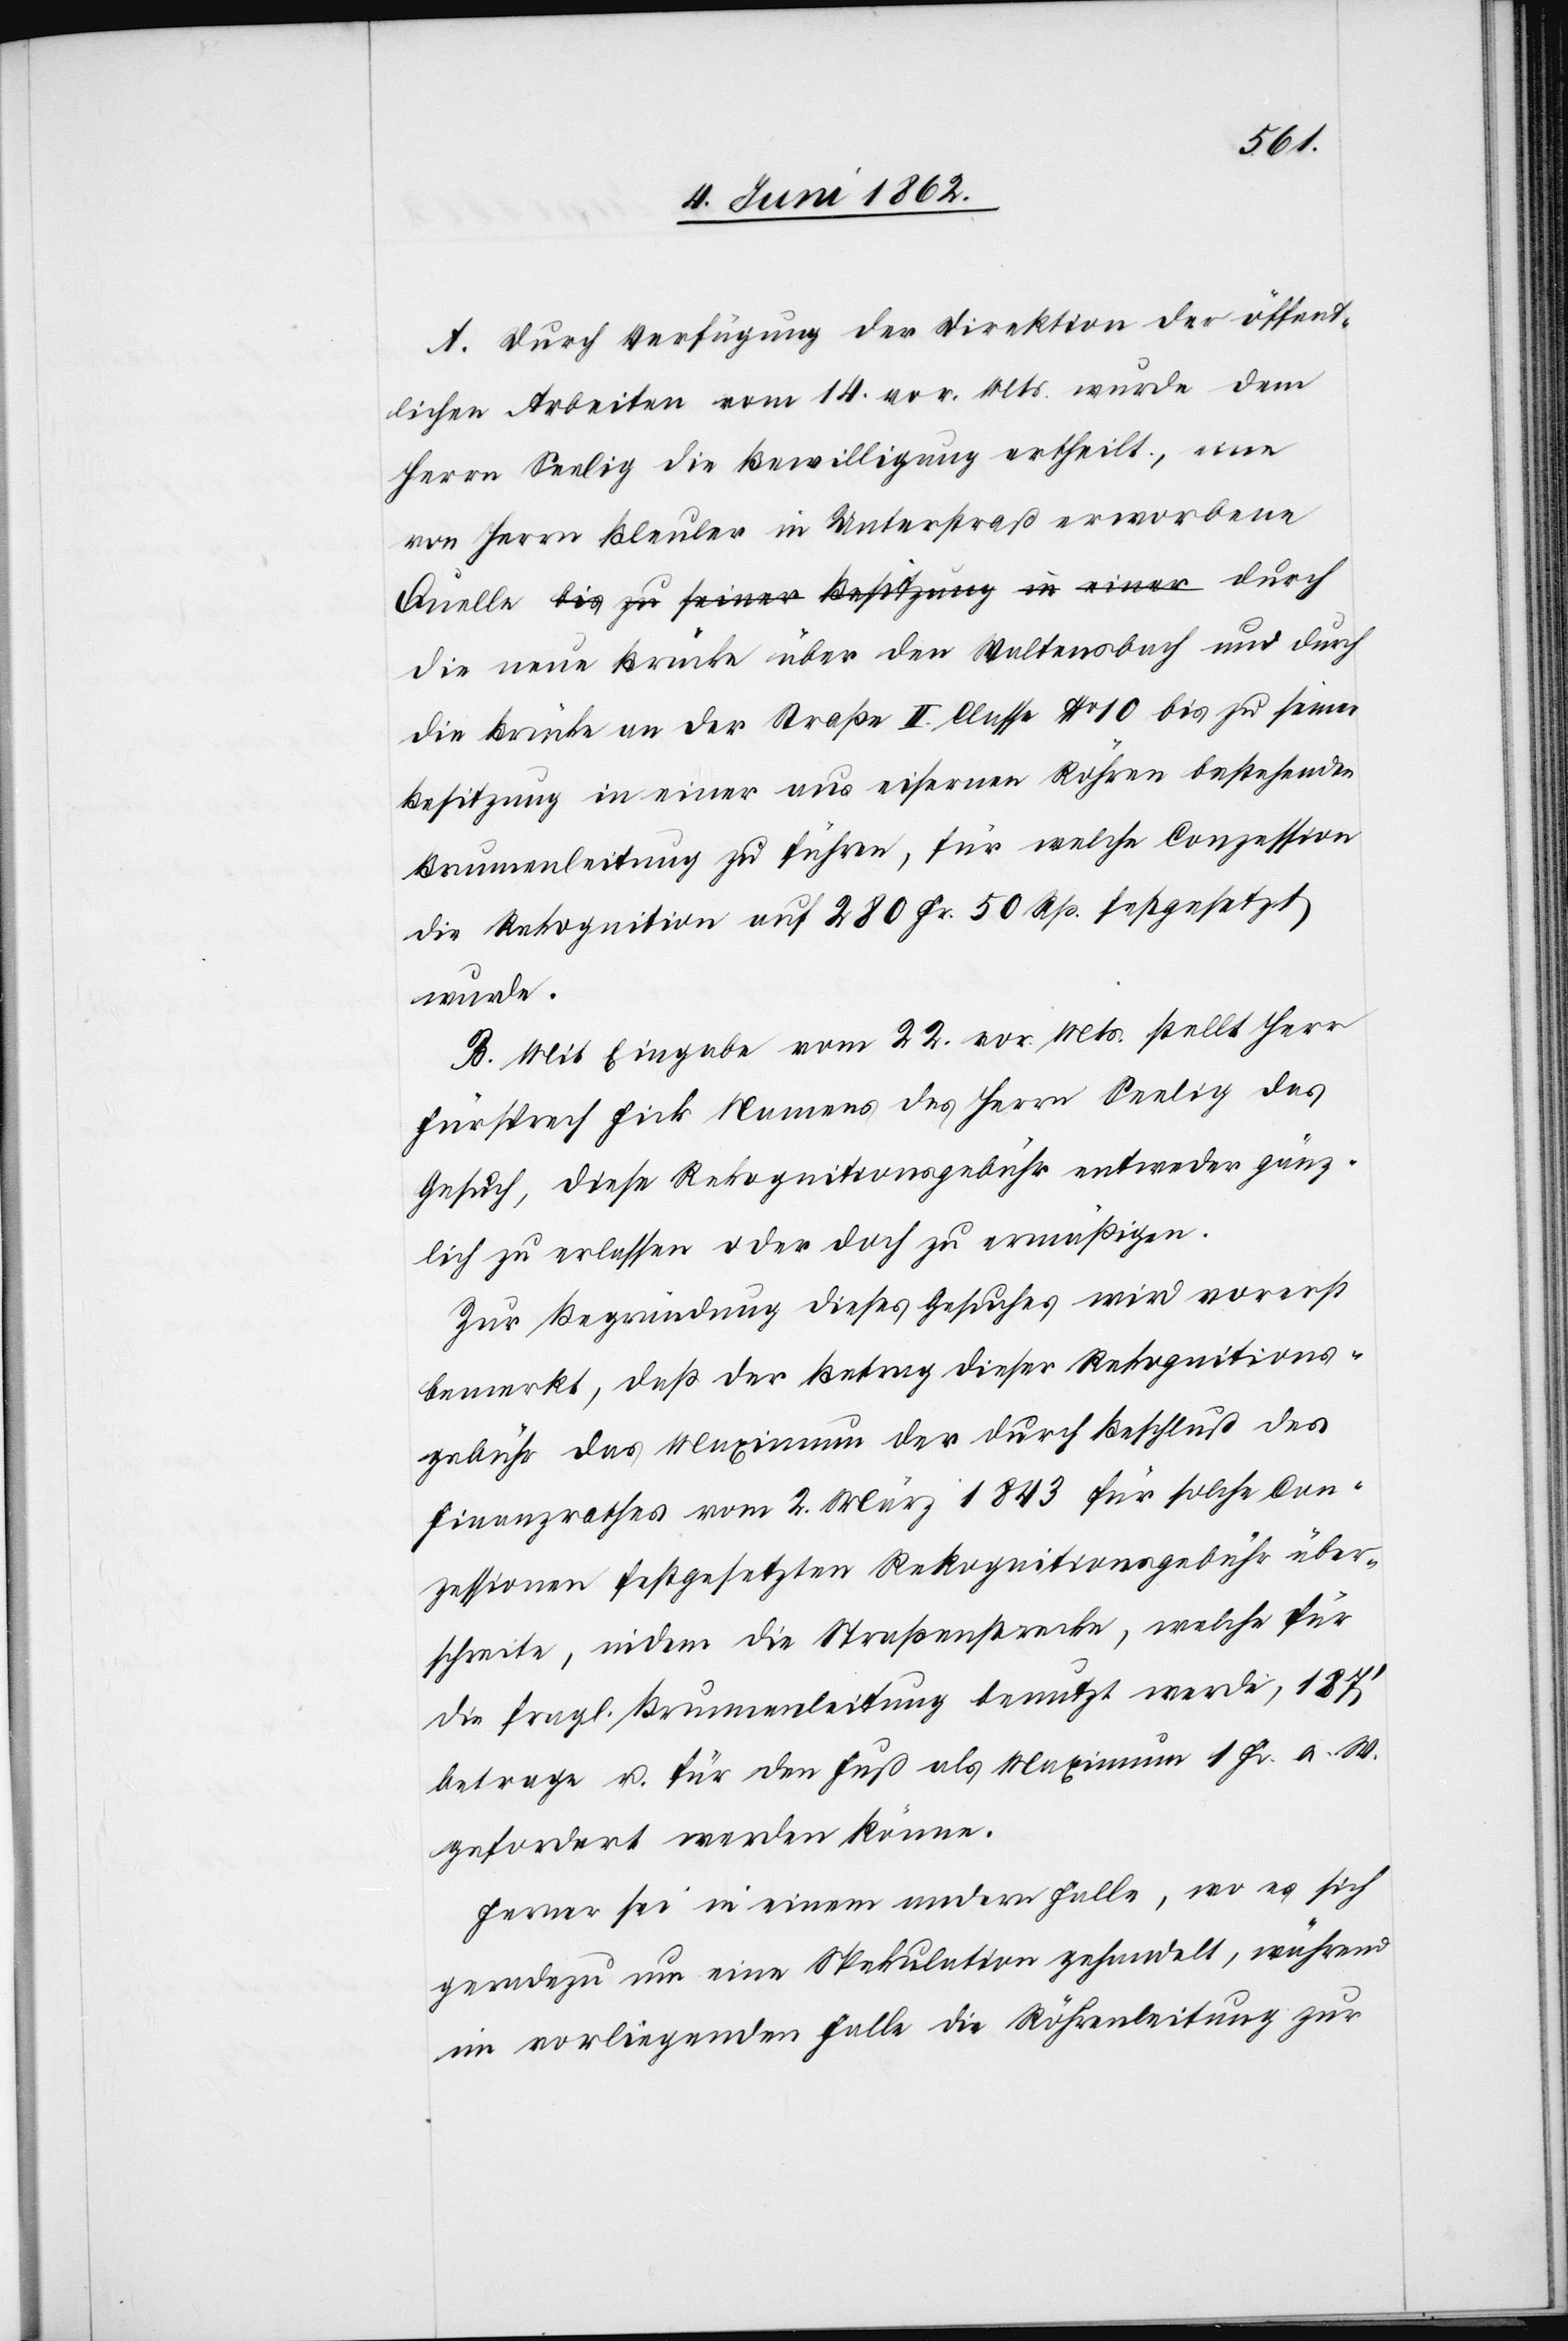
A. Durch Verfügung der Direktion der öffent¬
lichen Arbeiten vom 14. vor. Mts. wurde dem
Herrn Seelig die Bewilligung ertheilt, eine
von Herrn Bleuler in Unterstraß erworbene
Quelle bis zu seiner Besitzung an einer durch
die neue Brücke über den Waltensbach und durch
die Brücke an der Straße II. Classe No. 10 bis zu seiner
Besitzung in einer aus Röhren bestehenden Brunnenleitung
die Rekognition auf 280 Fr. 50 Rp. festgesetzt
wurde.
B. Mit Eingabe vom 22. vor. Mts. stellt Herr
Fürsprech Fick Namens des Herrn Seelig das
Gesuch, diese Rekognitionsgebühr entweder gänz¬
lich zu erlassen oder doch zu ermäßigen.
Zur Begründung dieses Gesuches wird vorerst
bemerkt, daß der Betrag dieser Rekognitions¬
gebühr das Maximum der durch Beschluß des
Finanzrathes vom 2. März 1843 für solche Con¬
zessionen festgesetzten Rekognitionsgebühr über¬
schreite, indem die Straßenstrecke, welche für
die fragl. Brunnenleitung benutzt werde, 187’
betrage u. für den Fuß als Maximum 1 Fr. a. W.
gefordert werden könne.
Ferner sei in einem andern Falle, wo es sich
geradezu um eine Spekulation gehandelt, während
im vorliegenden Falle die Röhrenleitung zur